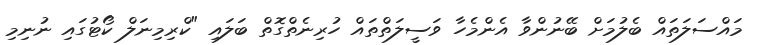
މައްސަލަތައް ބެލުމަށް ބޭނުންވާ އެންމެހާ ވަސީލަތްތައް ހުރިނެތްގޮތް ބަލައި "ކްރިމިނަލް ކޯޓުގައި ނުނިމި